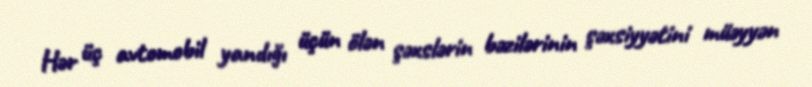
Hər üç avtomobil yandığı üçün ölən şəxslərin bəzilərinin şəxsiyyətini müəyyən